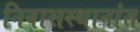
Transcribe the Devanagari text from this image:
निवासस्थानांत